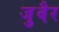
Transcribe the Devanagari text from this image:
जु़बैर